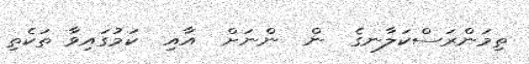
ތިމަންރަސްކަލާނގެ  ން  ންނަށް  އާއި  ކަމުގައިވާ ތަކެތި